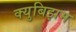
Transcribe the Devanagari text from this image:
क्युबिझम